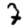
Digit: 7